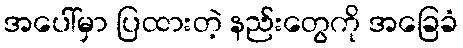
အပေါ်မှာ ပြထားတဲ့ နည်းတွေကို အခြေခံ